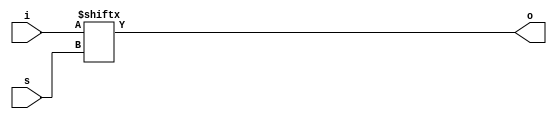
// ---------------------------------------------------------------------------
//  Jelly  -- The platform for real-time computing
//
//                                 Copyright (C) 2008-2016 by Ryuji Fuchikami
//                                 https://github.com/ryuz/jelly.git
// ---------------------------------------------------------------------------



`timescale 1ns / 1ps
`default_nettype none


// 16bit multiplexer (XILINX XAPP522)
module jelly_multiplexer16
        #(
            parameter   DEVICE = "RTL"
        )
        (
            output  wire            o,
            input   wire    [15:0]  i,
            input   wire    [3:0]   s
        );
    
    generate
    if ( DEVICE == "VIRTEX6" || DEVICE == "SPARTAN6" || DEVICE == "7SERIES" ) begin : blk_lut6
        
        wire    [3:0]   l;
        
        LUT6
                #(
                    .INIT(64'hFF00F0F0CCCCAAAA)
                )
            i_lut6_0
                (
                    .O      (l[0]),
                    
                    .I0     (i[0]),
                    .I1     (i[1]),
                    .I2     (i[2]),
                    .I3     (i[3]),
                    
                    .I4     (s[0]),
                    .I5     (s[1])
                );
        
        LUT6
                #(
                    .INIT(64'hFF00F0F0CCCCAAAA)
                )
            i_lut6_1
                (
                    .O      (l[1]),
                    
                    .I0     (i[4]),
                    .I1     (i[5]),
                    .I2     (i[6]),
                    .I3     (i[7]),
                    
                    .I4     (s[0]),
                    .I5     (s[1])
                );
        
        LUT6
                #(
                    .INIT(64'hFF00F0F0CCCCAAAA)
                )
            i_lut6_2
                (
                    .O      (l[2]),
                    
                    .I0     (i[8]),
                    .I1     (i[9]),
                    .I2     (i[10]),
                    .I3     (i[11]),
                    
                    .I4     (s[0]),
                    .I5     (s[1])
                );
        
        LUT6
                #(
                    .INIT(64'hFF00F0F0CCCCAAAA)
                )
            i_lut6_3
                (
                    .O      (l[3]),
                    
                    .I0     (i[12]),
                    .I1     (i[13]),
                    .I2     (i[14]),
                    .I3     (i[15]),
                    
                    .I4     (s[0]),
                    .I5     (s[1])
                );
        
        
        wire    [1:0]   m;
        
        MUXF7
            i_mux7_0
                (
                    .O      (m[0]),
                    
                    .I0     (l[0]),
                    .I1     (l[1]),
                    
                    .S      (s[2])
                );
        
        MUXF7
            i_mux7_1
                (
                    .O      (m[1]),
                    
                    .I0     (l[2]),
                    .I1     (l[3]),
                    
                    .S      (s[2])
                );
        
        
        MUXF8
            i_mux8
                (
                    .O      (o),
                    
                    .I0     (m[0]),
                    .I1     (m[1]),
                    
                    .S      (s[3])
                );
        
    end
    else  begin : blk_rtl
        assign o = i[s];
    end
    endgenerate
    
    
endmodule


`default_nettype wire


// end of file